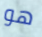
هو